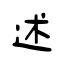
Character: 述